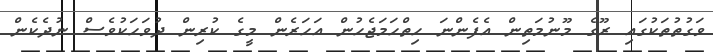
ވަގުތުތަކުގައި ރޫގެ މޫނުމަތިން އެފެންނަ ހިތްހަމަޖެހުން އަހަރެން މީގެ ކުރިން ދުވަހަކުވެސް ނުދެކެން